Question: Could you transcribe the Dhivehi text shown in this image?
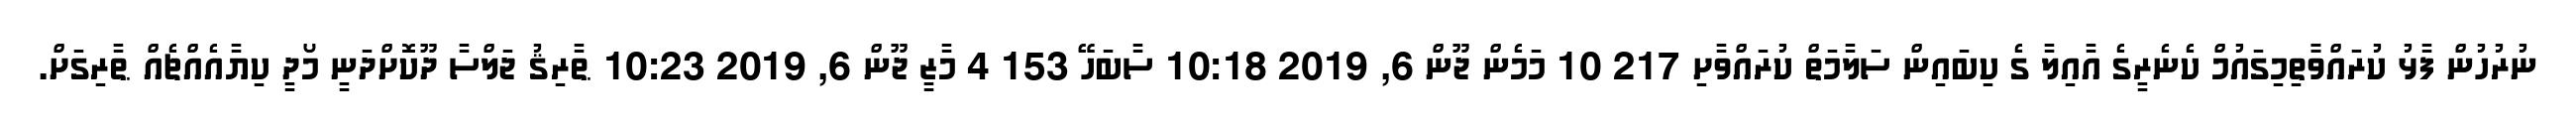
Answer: ނުރުހުން ފާޅު ކުރައްވާާތިމިގައުމް ކެނެރީގެ އާއިލާ ގެ ކިބައިން ސަލާމަތް ކުރައްވާށި 217 10 މަމެން ޖޫން 6, 2019 10:18 ސާބަހޭ 153 4 މާޒީ ޖޫން 6, 2019 10:23 ޠާރިޤު ޖަލްސާ ދޫކޮށްދަނީ މޯދީ ކިޔާއެއްޗެއް ޠާރިގަށް.